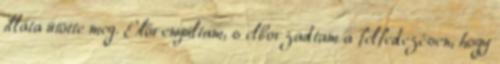
illata ütötte meg. Előrenyúltam, s elborzadtam a felfedezésen, hogy